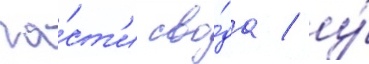
ча́ст'и сво́да / у́